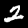
Label: 2